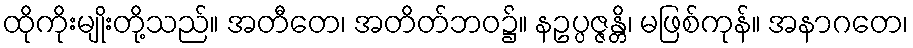
ထိုကိုးမျိုးတို့သည်။ အတီတေ၊ အတိတ်ဘဝ၌။ နဥပ္ပဇ္ဇန္တိ၊ မဖြစ်ကုန်။ အနာဂတေ၊